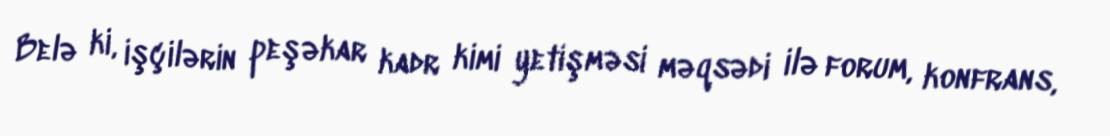
Belə ki, işçilərin peşəkar kadr kimi yetişməsi məqsədi ilə forum, konfrans,